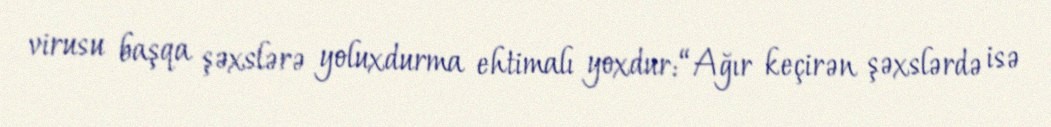
virusu başqa şəxslərə yoluxdurma ehtimalı yoxdur: “Ağır keçirən şəxslərdə isə